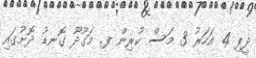
ދީފި 4 އަހަރު 3 މަސް ކުރިން ފ. މަގޫދޫ ގޮނޑު ދޮށުގައި